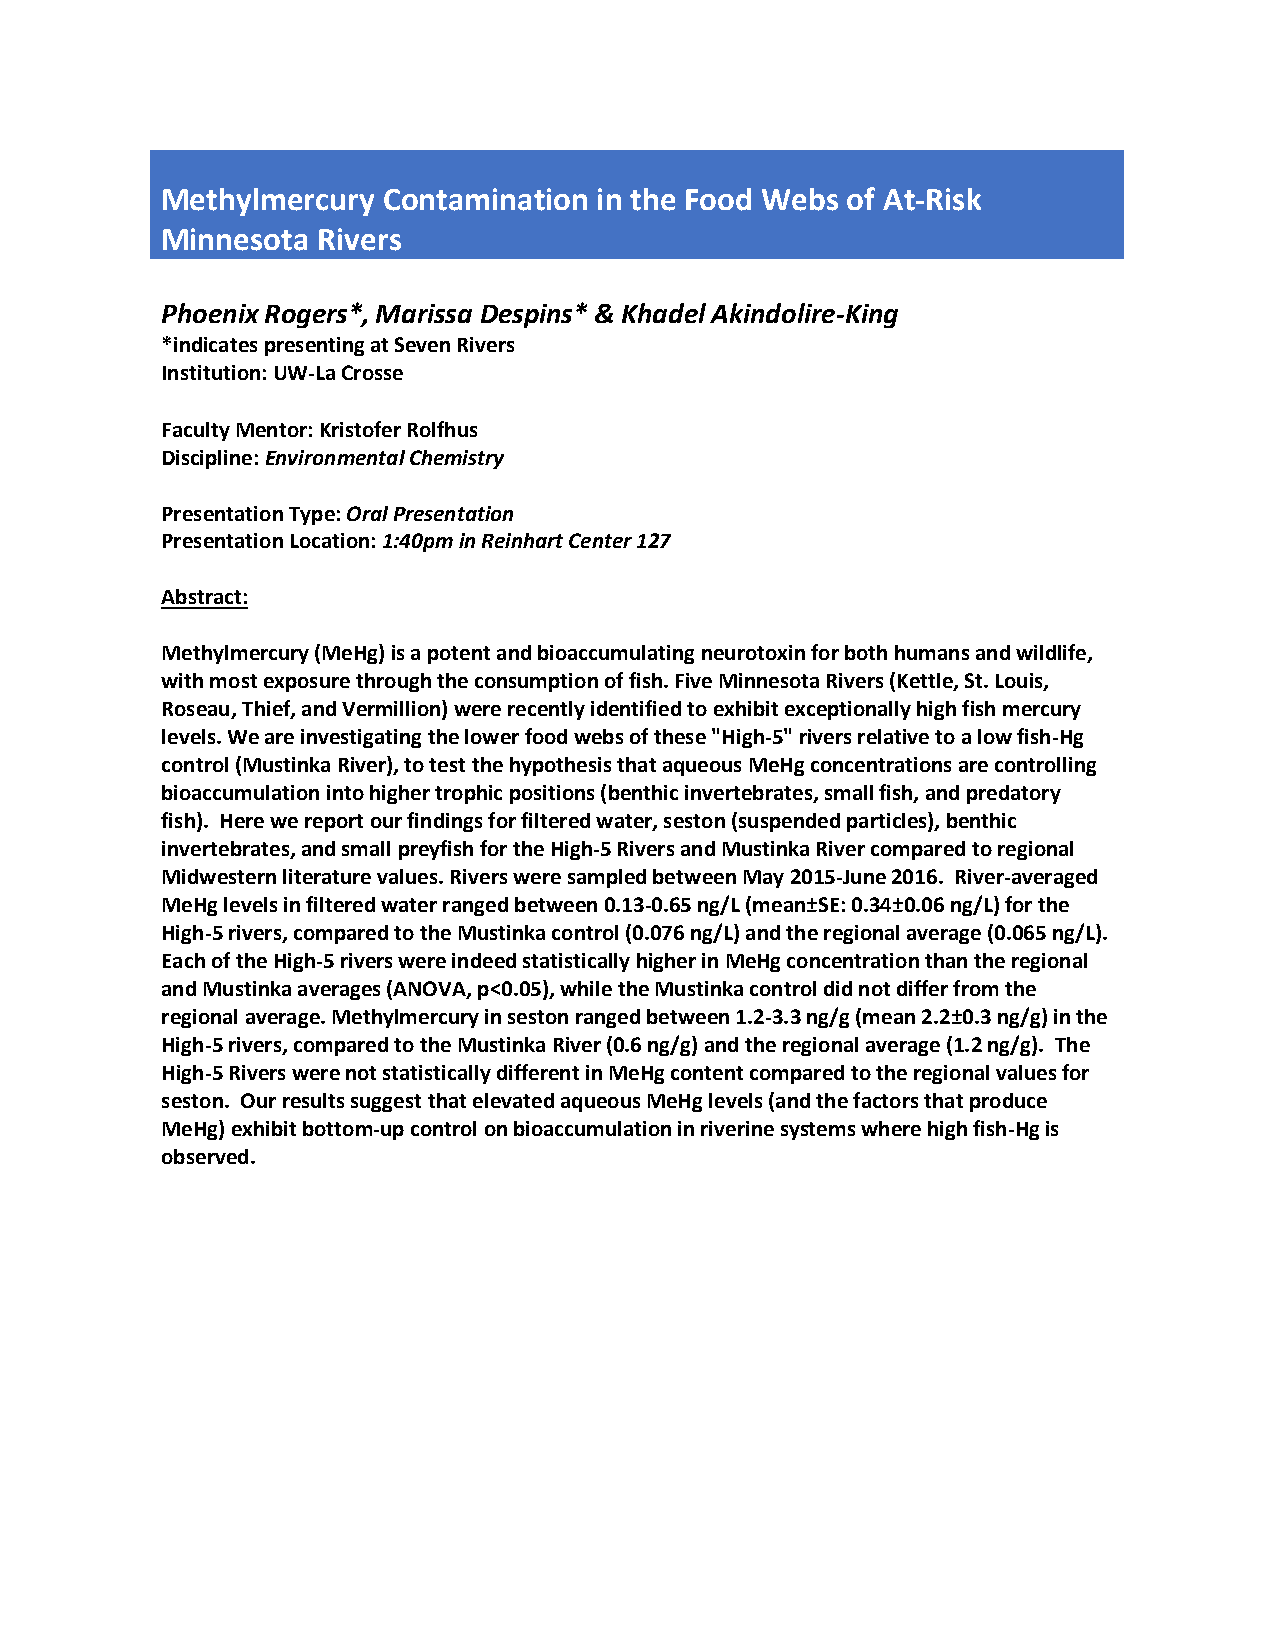
Methylmercury Contamination  in the Food Webs of At-Risk
 Minnesota Rivers
 Phoenix Rogers*, Marissa Despins* & Khadel Akindolire-King
 *indicates presenting at Seven Rivers
 Institution: UW-La Crosse
 Faculty Mentor: Kristofer Rolfhus
 Discipline: Environmental Chemistry
 Presentation Type: Oral Presentation
 Presentation Location: 1:40pm in Reinhart Center 127
 Abstract:
 Methylmercury (MeHg) is a potent and bioaccumulating neurotoxin for both humans and wildlife,
 with most exposure through the consumption of fish. Five Minnesota Rivers (Kettle, St. Louis,
 Roseau, Thief, and Vermillion) were recently identified to exhibit exceptionally high fish mercury
 levels. We are investigating the lower food webs of these "High-5" rivers relative to a low fish-Hg
 control (Mustinka River), to test the hypothesis that aqueous MeHg concentrations are controlling
 bioaccumulation into higher trophic positions (benthic invertebrates, small fish, and predatory
 fish). Here we report our findings for filtered water, seston (suspended particles), benthic
 invertebrates, and small preyfish for the High-5 Rivers and Mustinka River compared to regional
 Midwestern literature values. Rivers were sampled between May 2015-June 2016. River-averaged
 MeHg levels in filtered water ranged between 0.13-0.65 ng/L (mean±SE: 0.34±0.06 ng/L) for the
 High-5 rivers, compared to the Mustinka control (0.076 ng/L) and the regional average (0.065 ng/L).
 Each of the High-5 rivers were indeed statistically higher in MeHg concentration than the regional
 and Mustinka averages (ANOVA, p<0.05), while the Mustinka control did not differ from the
 regional average. Methylmercury in seston ranged between 1.2-3.3 ng/g (mean 2.2±0.3 ng/g) in the
 High-5 rivers, compared to the Mustinka River (0.6 ng/g) and the regional average (1.2 ng/g). The
 High-5 Rivers were not statistically different in MeHg content compared to the regional values for
 seston. Our results suggest that elevated aqueous MeHg levels (and the factors that produce
 MeHg) exhibit bottom-up control on bioaccumulation in riverine systems where high fish-Hg is
 observed.